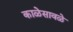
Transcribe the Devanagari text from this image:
काळेसावळे